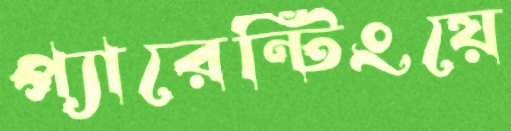
প্যারেন্টিংয়ে